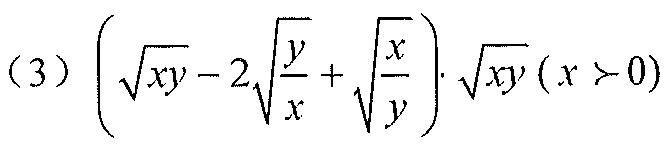
(3) \(\left(\sqrt{xy}-2\sqrt{\frac{y}{x}}+\sqrt{\frac{x}{y}}\right)\cdot\sqrt{xy}(x > 0)\)